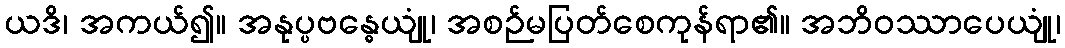
ယဒိ၊ အကယ်၍။ အနုပ္ပဗန္ဓေယျုံ၊ အစဉ်မပြတ်စေကုန်ရာ၏။ အဘိဝဿာပေယျုံ၊